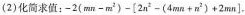
(2)化简求值：$$- 2 ( m n - m ^ { 2 } ) - [ 2 n ^ { 2 } - ( 4 m n + n ^ { 2 } ) + 2 m n ]$$.